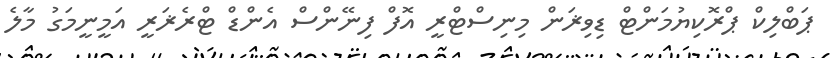
ޕަބްލިކް ޕްރޮކިޔުމަންޓް ޑިވިޜަން މިނިސްޓްރީ އޮފް ފިނޭންސް އެންޑް ޓްރެޜަރީ އަމީނީމަގު މާލެ